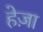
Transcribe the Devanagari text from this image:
हेज़ा